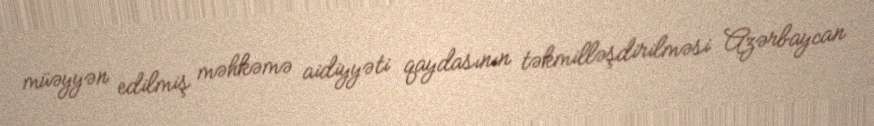
müəyyən edilmiş məhkəmə aidiyyəti qaydasının təkmilləşdirilməsi Azərbaycan